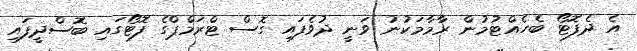
އެ ދެފޮޓޯ ބެހެއްޓުމުން ރާމާމަކުނު ވަނީ ދުވެފައި ގޮސް ޓްރަމްޕްގެ ފޮޓޯގައި ބޮސްދީފައި